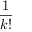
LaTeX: \frac { 1 } { k ! }